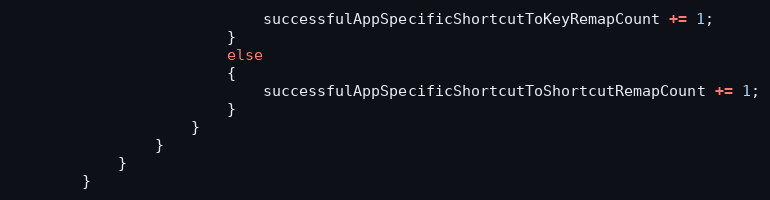
Language: C++
                            successfulAppSpecificShortcutToKeyRemapCount += 1;
                        }
                        else
                        {
                            successfulAppSpecificShortcutToShortcutRemapCount += 1;
                        }
                    }
                }
            }
        }